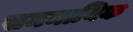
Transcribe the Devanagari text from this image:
सममायिक